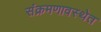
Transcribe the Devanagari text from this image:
संक्रमणावस्थेत